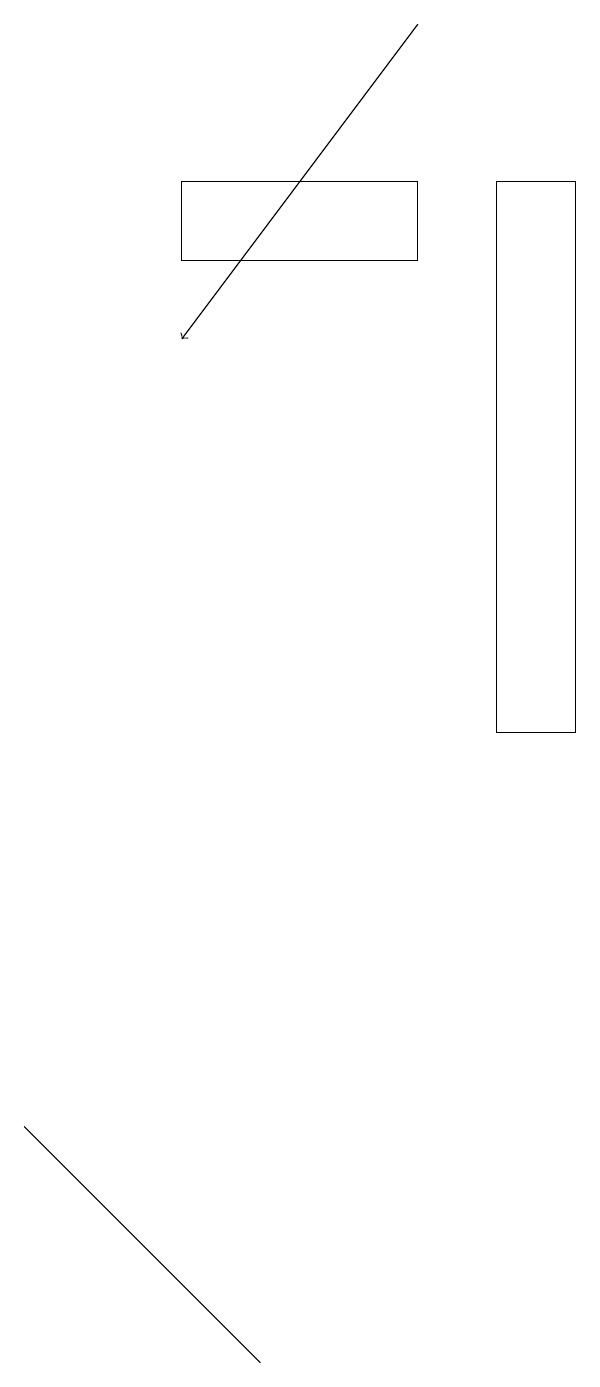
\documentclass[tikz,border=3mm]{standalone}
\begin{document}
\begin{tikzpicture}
\draw (4,17) rectangle (7,16);
\draw (8,10) rectangle (9,17);
\draw (2,5) -- (3,4) -- (5,2) -- cycle;
\draw[->] (7,19) -- (4,15);
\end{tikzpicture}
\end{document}